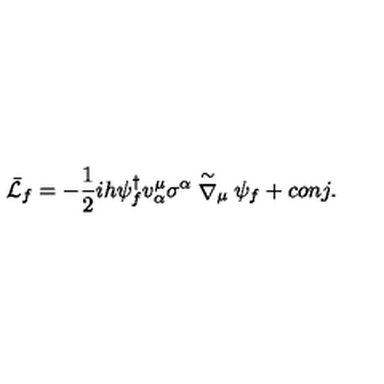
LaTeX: \bar { \cal L } _ { f } = - { \frac { 1 } { 2 } } i h \psi _ { f } ^ { \dagger } v _ { \alpha } ^ { \mu } \sigma ^ { \alpha } \stackrel { \sim } { \nabla } _ { \mu } \psi _ { f } + c o n j .